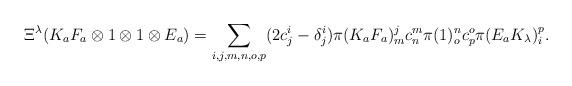
LaTeX: \begin{align*}\Xi^\lambda (K_a F_a \otimes 1 \otimes 1 \otimes E_a) = \sum_{i,j,m,n,o,p}(2c_{j}^{i}-\delta_{j}^{i})\pi(K_{a}F_{a})_{m}^{j}c_{n}^{m}\pi(1)_{o}^{n}c_{p}^{o}\pi(E_{a}K_{\lambda})_{i}^{p}.\end{align*}